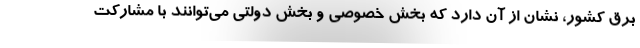
برق کشور، نشان از آن دارد که بخش خصوصی و بخش دولتی می‌توانند با مشارکت